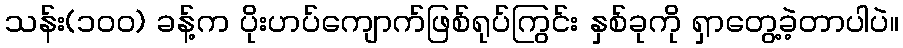
သန်း(၁၀၀) ခန့်က ပိုးဟပ်ကျောက်ဖြစ်ရုပ်ကြွင်း နှစ်ခုကို ရှာတွေ့ခဲ့တာပါပဲ။